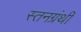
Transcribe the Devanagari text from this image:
स्तनग्रंथी